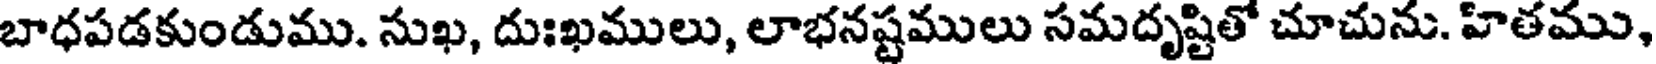
బాధపడకుండుము. సుఖ, దుఃఖములు, లాభనష్టములు సమదృష్టితో చూచును. హితము,